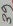
Text: 39